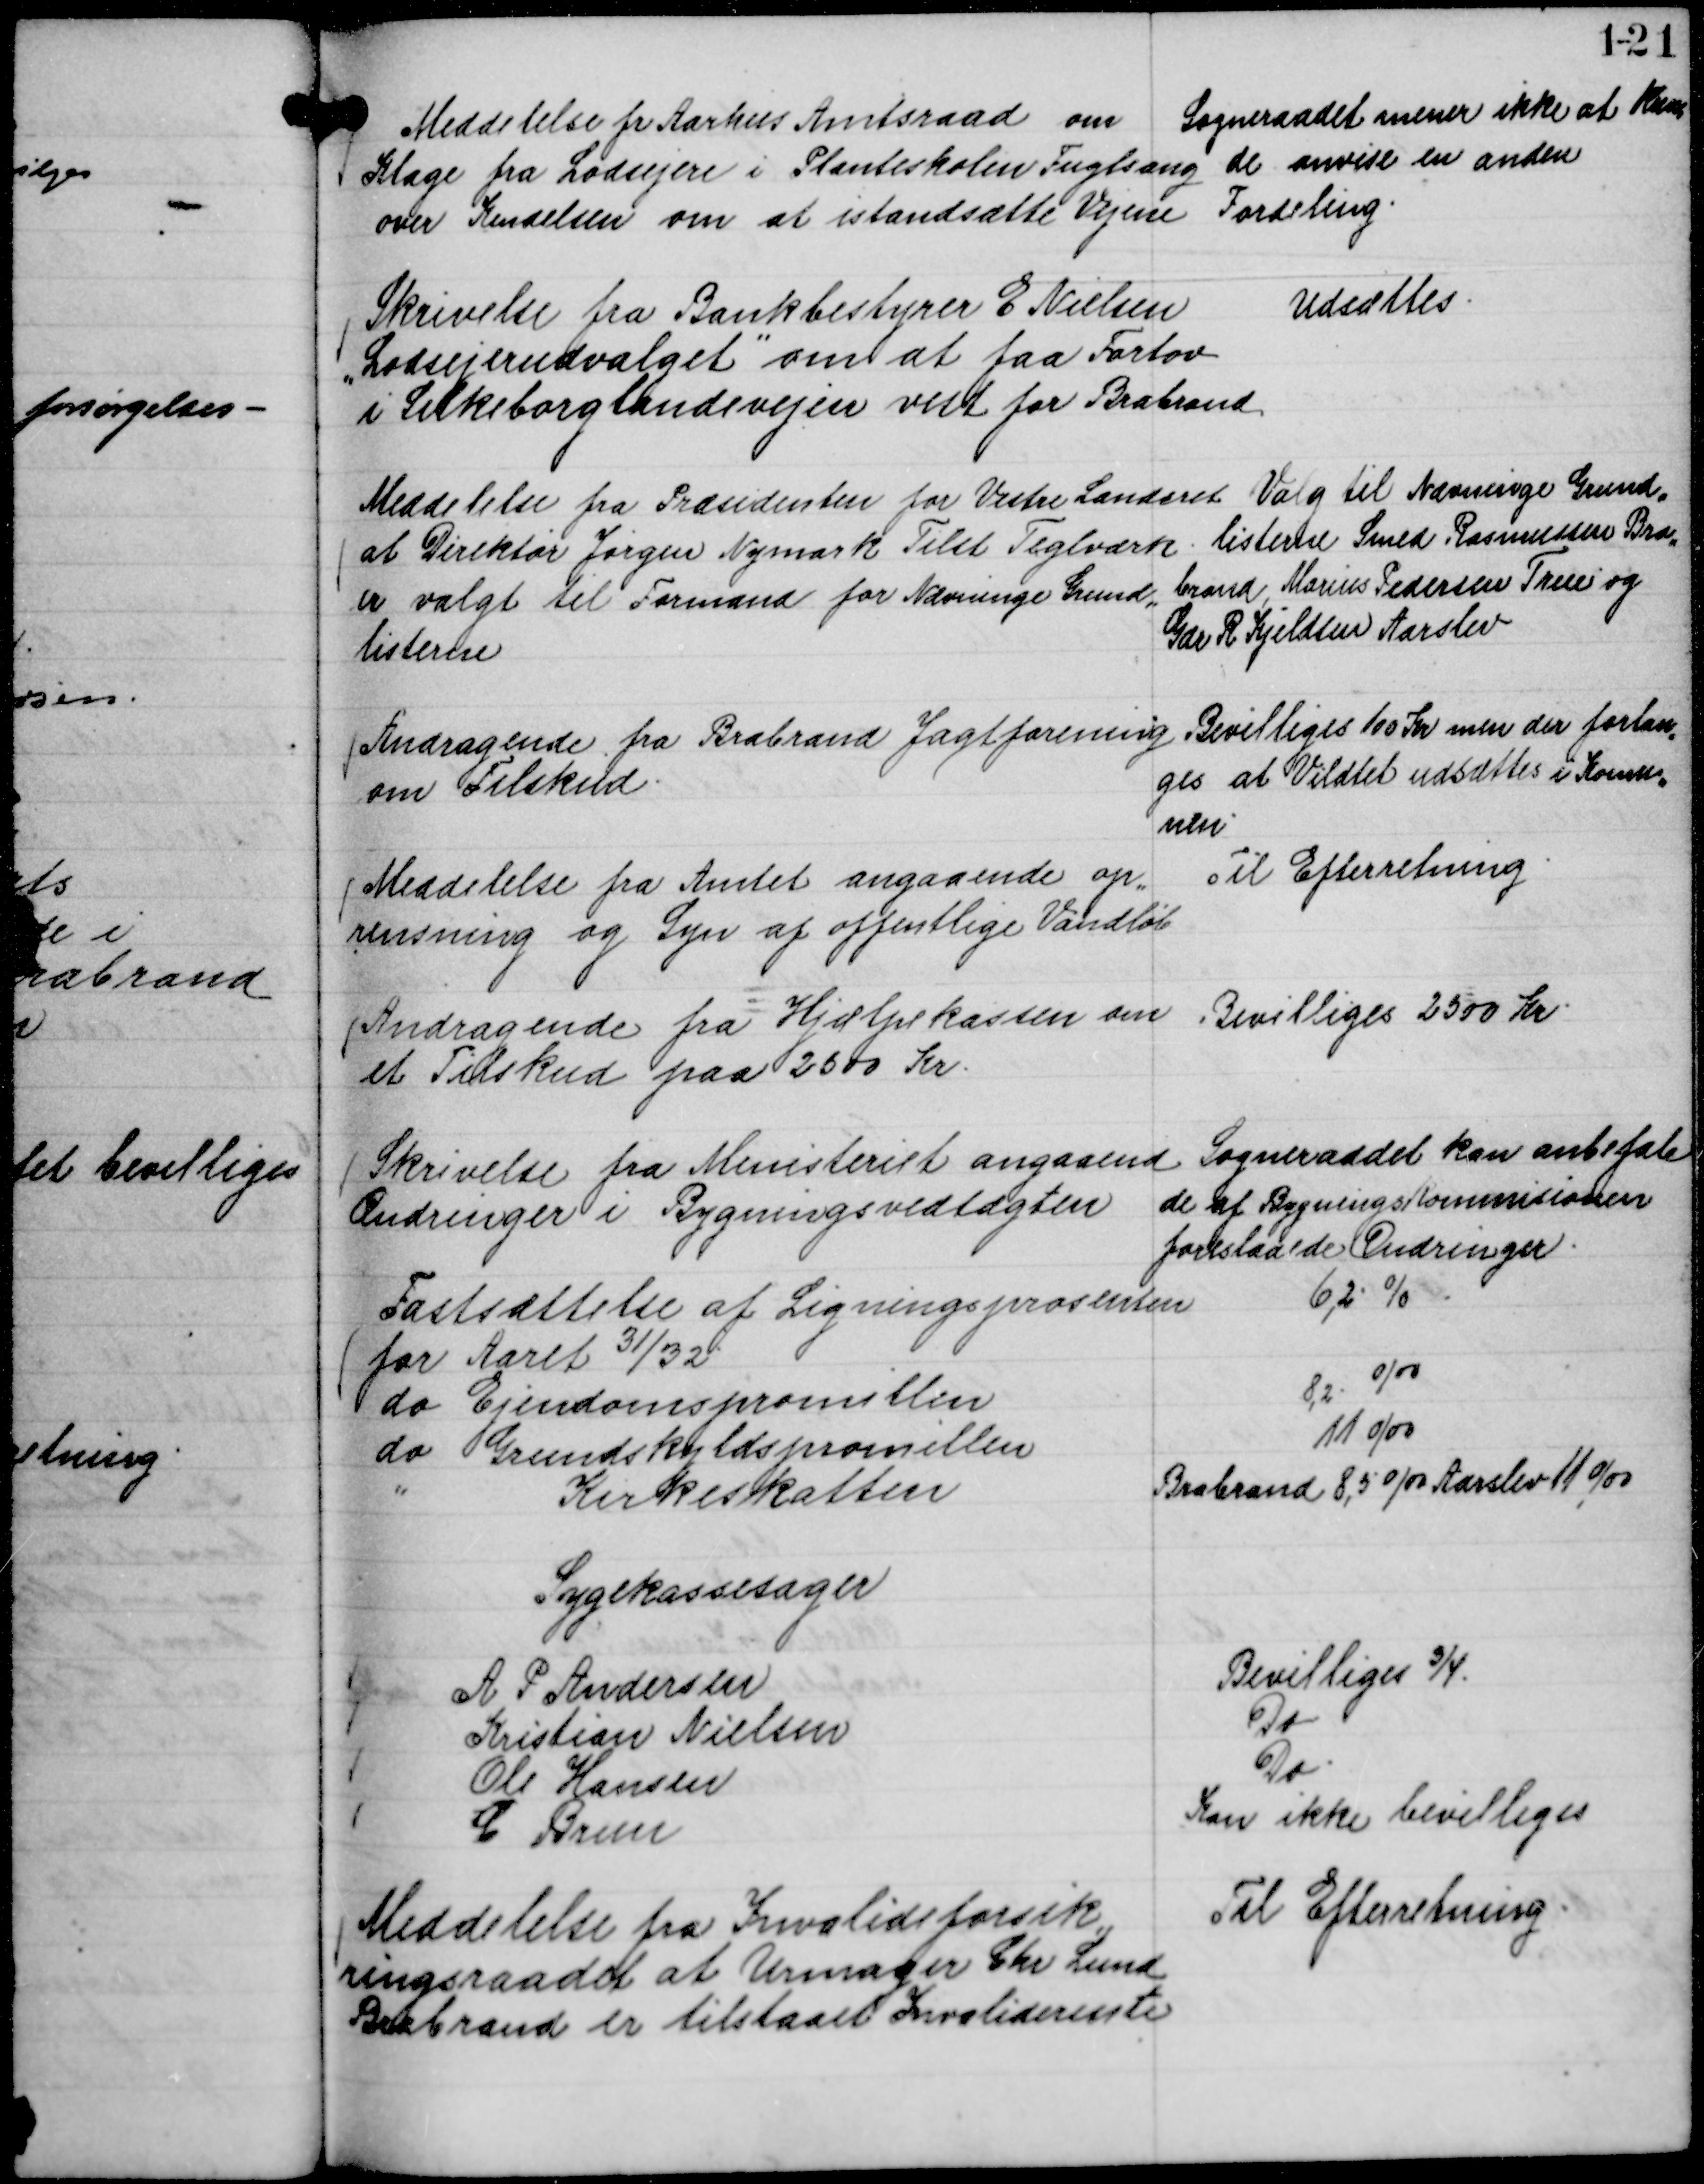
Transskription:
Meddelelse fr Aarhus Amtsraad om
Klage fra Lodsejere i Planteskolen Fuglsang
over Kendelsen om at istandsætte Vejene

Sogneraadet mener ikke at kun,
de anvise en anden
Fordeling.

Skrivelse fra Bankbestyrer E Nielsen
"Lodsejerudvalget"

om at faa Fortov
i Silkeborglandevejen vest for Brabrand

Udsættes.

Meddelelse fra Præsidenten for Vestre Landsret
at Direktør Jørgen Nymark Tilst Teglværk
er valgt til Formand for Nævninge Grund,,
listerne

Valg til Nævninge Grund,,
listerne Smed Rasmussen Bra,,
brand Marius Pedersen True og
Gdr R Kjeldsen Aarslev

Andragende fra Brabrand Jagtforening
om Tilskud.

Bevilliges 100 Kr men der forlan,,
ges at Vildtet udsættes i Komu,,
nen

Meddelelse fra Amtet angaaende op,,
rensning og Syn af offentlige Vandløb

Til Efterretning.

Andragende fra Hjælpekassen om
et Tilskud paa 2500 Kr.

Bevilliges 2500 Kr.

Skrivelse fra Ministeriet angaaende
Ændringer i Bygningsvedtægten

Sogneraadet kan anbefale
de af Bygningskommisionen
foreslaaede Ændringer.

Fastsættelse af Ligningsprosenten
for Aaret 31/32
6,2 %
do Ejendomspromillen
8,2
o/oo
do Grundskyldspromillen
11 o/oo
"
Kirkeskatten
Brabrand 8,5 o/oo Aarslev 11 o/oo

Sygekassesager
A P Andersen
Bevilliges ¾.
Kristian Nielsen
Do
Ole Hansen
Do.
C Brun
Kan ikke bevilliges

Meddelelse fra Invalideforsik,,
ringsraadet at Urmager Chr Lund
Brabrand er tilstaaet Invaliderente

Til Efterretning.